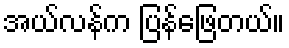
အယ်လန်က ပြန်ဖြေတယ်။